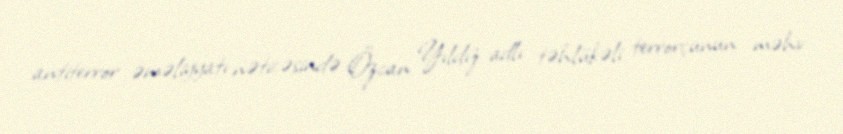
antiterror əməliyyatı nəticəsində Özcan Yıldız adlı təhlükəli terrorçunun məhv